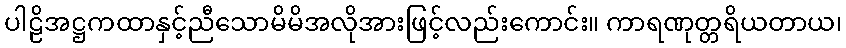
ပါဠိအဋ္ဌကထာနှင့်ညီသောမိမိအလိုအားဖြင့်လည်းကောင်း။ ကာရဏုတ္တရိယတာယ၊